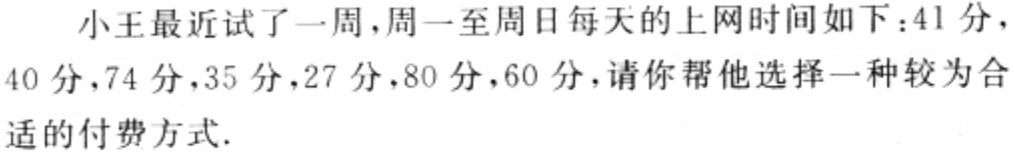
小王最近试了一周，周一至周日每天的上网时间如下：41分，40分，74分，35分，27分，80分，60分，请你帮他选择一种较为合适的付费方式.